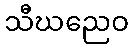
သီဃညေဝ